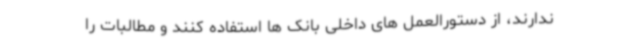
ندارند، از دستورالعمل های داخلی بانک ها استفاده کنند و مطالبات را